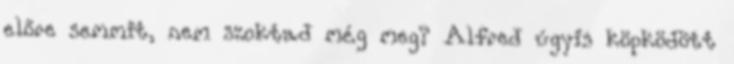
előre semmit, nem szoktad még meg? Alfred úgyis köpködött